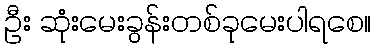
ဦး ဆုံးမေးခွန်းတစ်ခုမေးပါရစေ။